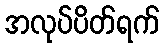
အလုပ်ပိတ်ရက်